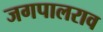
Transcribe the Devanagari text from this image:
जगपालराव